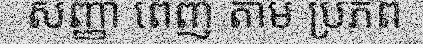
សញ្ញា ពេញ តាម ប្រភព